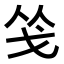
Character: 𭟲